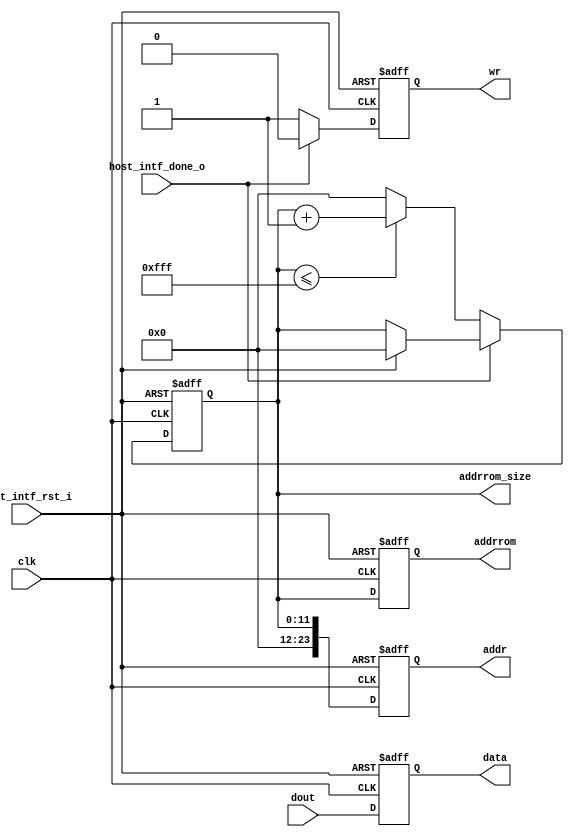
// Generated by MyHDL 0.11.43


`timescale 1ns/10ps

module inc_rom_size (
    addrrom_size,
    clk,
    host_intf_rst_i,
    addr,
    dout,
    data,
    wr,
    host_intf_done_o,
    addrrom
);
// Incrementer with enable.
// 
// count -- output
// enable -- control input, increment when 1
// clock -- clock input
// reset -- asynchronous reset input

output [11:0] addrrom_size;
reg [11:0] addrrom_size;
input clk;
input host_intf_rst_i;
output [23:0] addr;
reg [23:0] addr;
input [15:0] dout;
output [15:0] data;
reg [15:0] data;
output wr;
reg wr;
input host_intf_done_o;
output [11:0] addrrom;
reg [11:0] addrrom;




always @(posedge clk, posedge host_intf_rst_i) begin: INC_ROM_SIZE_SEQ
    if (host_intf_rst_i == 1) begin
        wr <= 0;
        data <= 0;
        addrrom <= 0;
        addr <= 0;
        addrrom_size <= 0;
    end
    else begin
        if ((host_intf_rst_i == 1)) begin
            addrrom_size <= 0;
        end
        if ((host_intf_done_o == 0)) begin
            wr <= 1;
            if ((addrrom_size <= 4095)) begin
                addrrom_size <= (addrrom_size + 1);
            end
            else begin
                addrrom_size <= 0;
            end
        end
        if ((host_intf_done_o == 1)) begin
            wr <= 0;
        end
		/* verilator lint_off WIDTHEXPAND */
        addr <= addrrom_size;
		/* verilator lint_off WIDTHEXPAND */
        addrrom <= addrrom_size;
        data <= dout;
    end
end

endmodule